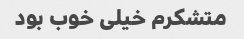
متشکرم خیلی خوب بود